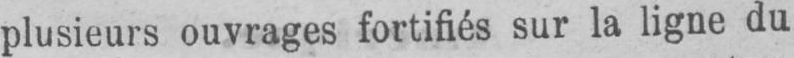
plusieurs ouvrages fortifiés sur la ligne du